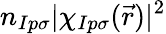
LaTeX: n_{Ip\sigma}|\chi_{Ip\sigma}(\vec{r})|^{2}